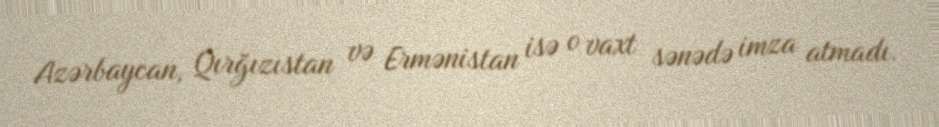
Azərbaycan, Qırğızıstan və Ermənistan isə o vaxt sənədə imza atmadı.